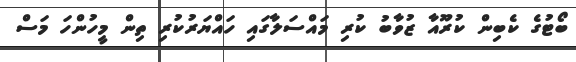
ބޯޓުގެ ކެބިން ކުރޫއާ ޒުވާބު ކުރި މައްސަލާގައި ހައްޔަރުކުރި ތިން މީހުންހަ މަސް